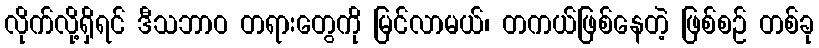
လိုက်လို့ရှိရင် ဒီသဘာဝ တရားတွေကို မြင်လာမယ်၊ တကယ်ဖြစ်နေတဲ့ ဖြစ်စဉ် တစ်ခု